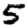
Digit: 5